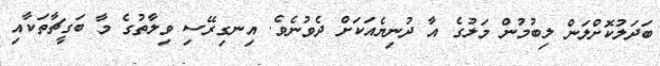
ބަދަލުކޮށްލަން ލިބުމުން މަލުގެ އާ ދުނިޔެއަކަށް ދެވުނެވެ. އިނގިރޭސި ވިލާތުގެ މާ ބަގީޗާތަކާއި